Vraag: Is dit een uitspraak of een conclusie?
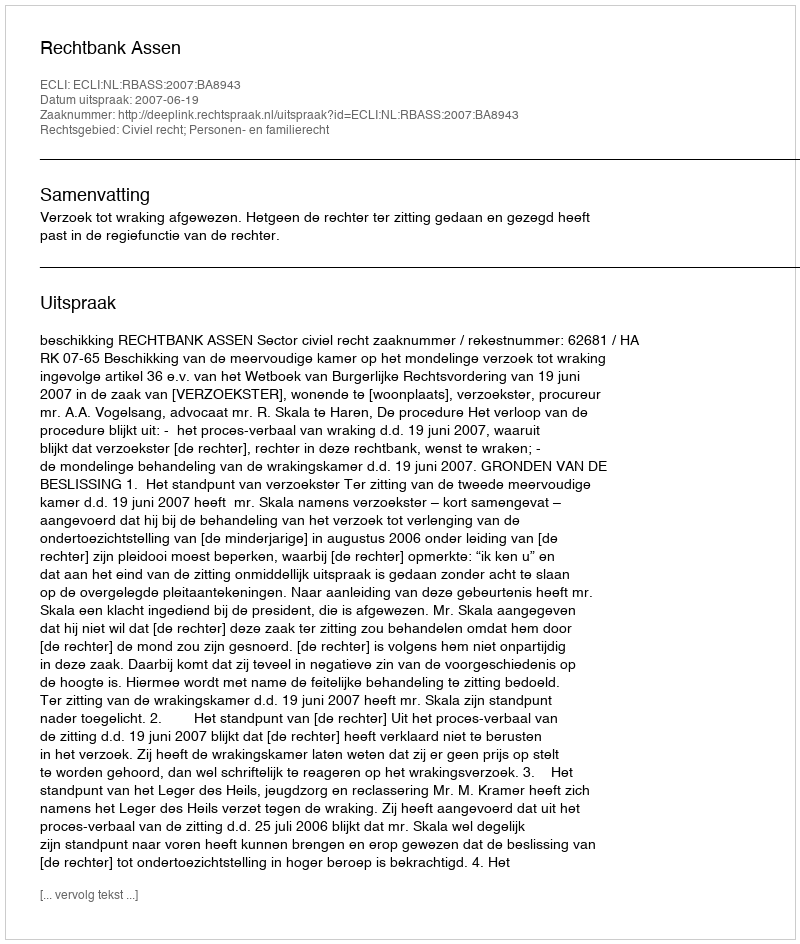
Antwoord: Uitspraak